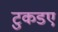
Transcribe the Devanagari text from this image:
टुकडए